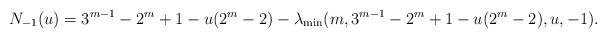
LaTeX: \begin{align*} N_{-1}(u) = 3^{m-1}-2^m+1 -u(2^m-2) -\lambda_{\min}(m, 3^{m-1}-2^m+1 -u(2^m-2), u, -1).\end{align*}